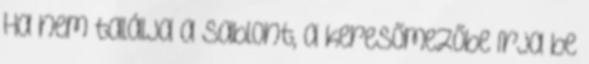
Ha nem találja a sablont, a keresőmezőbe írja be